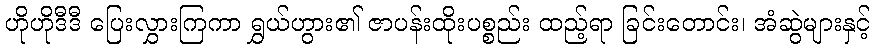
ဟိုဟိုဒီဒီ ပြေးလွှားကြကာ ရွှယ်ဟွား၏ ဇာပန်းထိုးပစ္စည်း ထည့်ရာ ခြင်းတောင်း၊ အံဆွဲများနှင့်